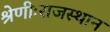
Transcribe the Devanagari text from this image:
श्रेणीःराजस्थान